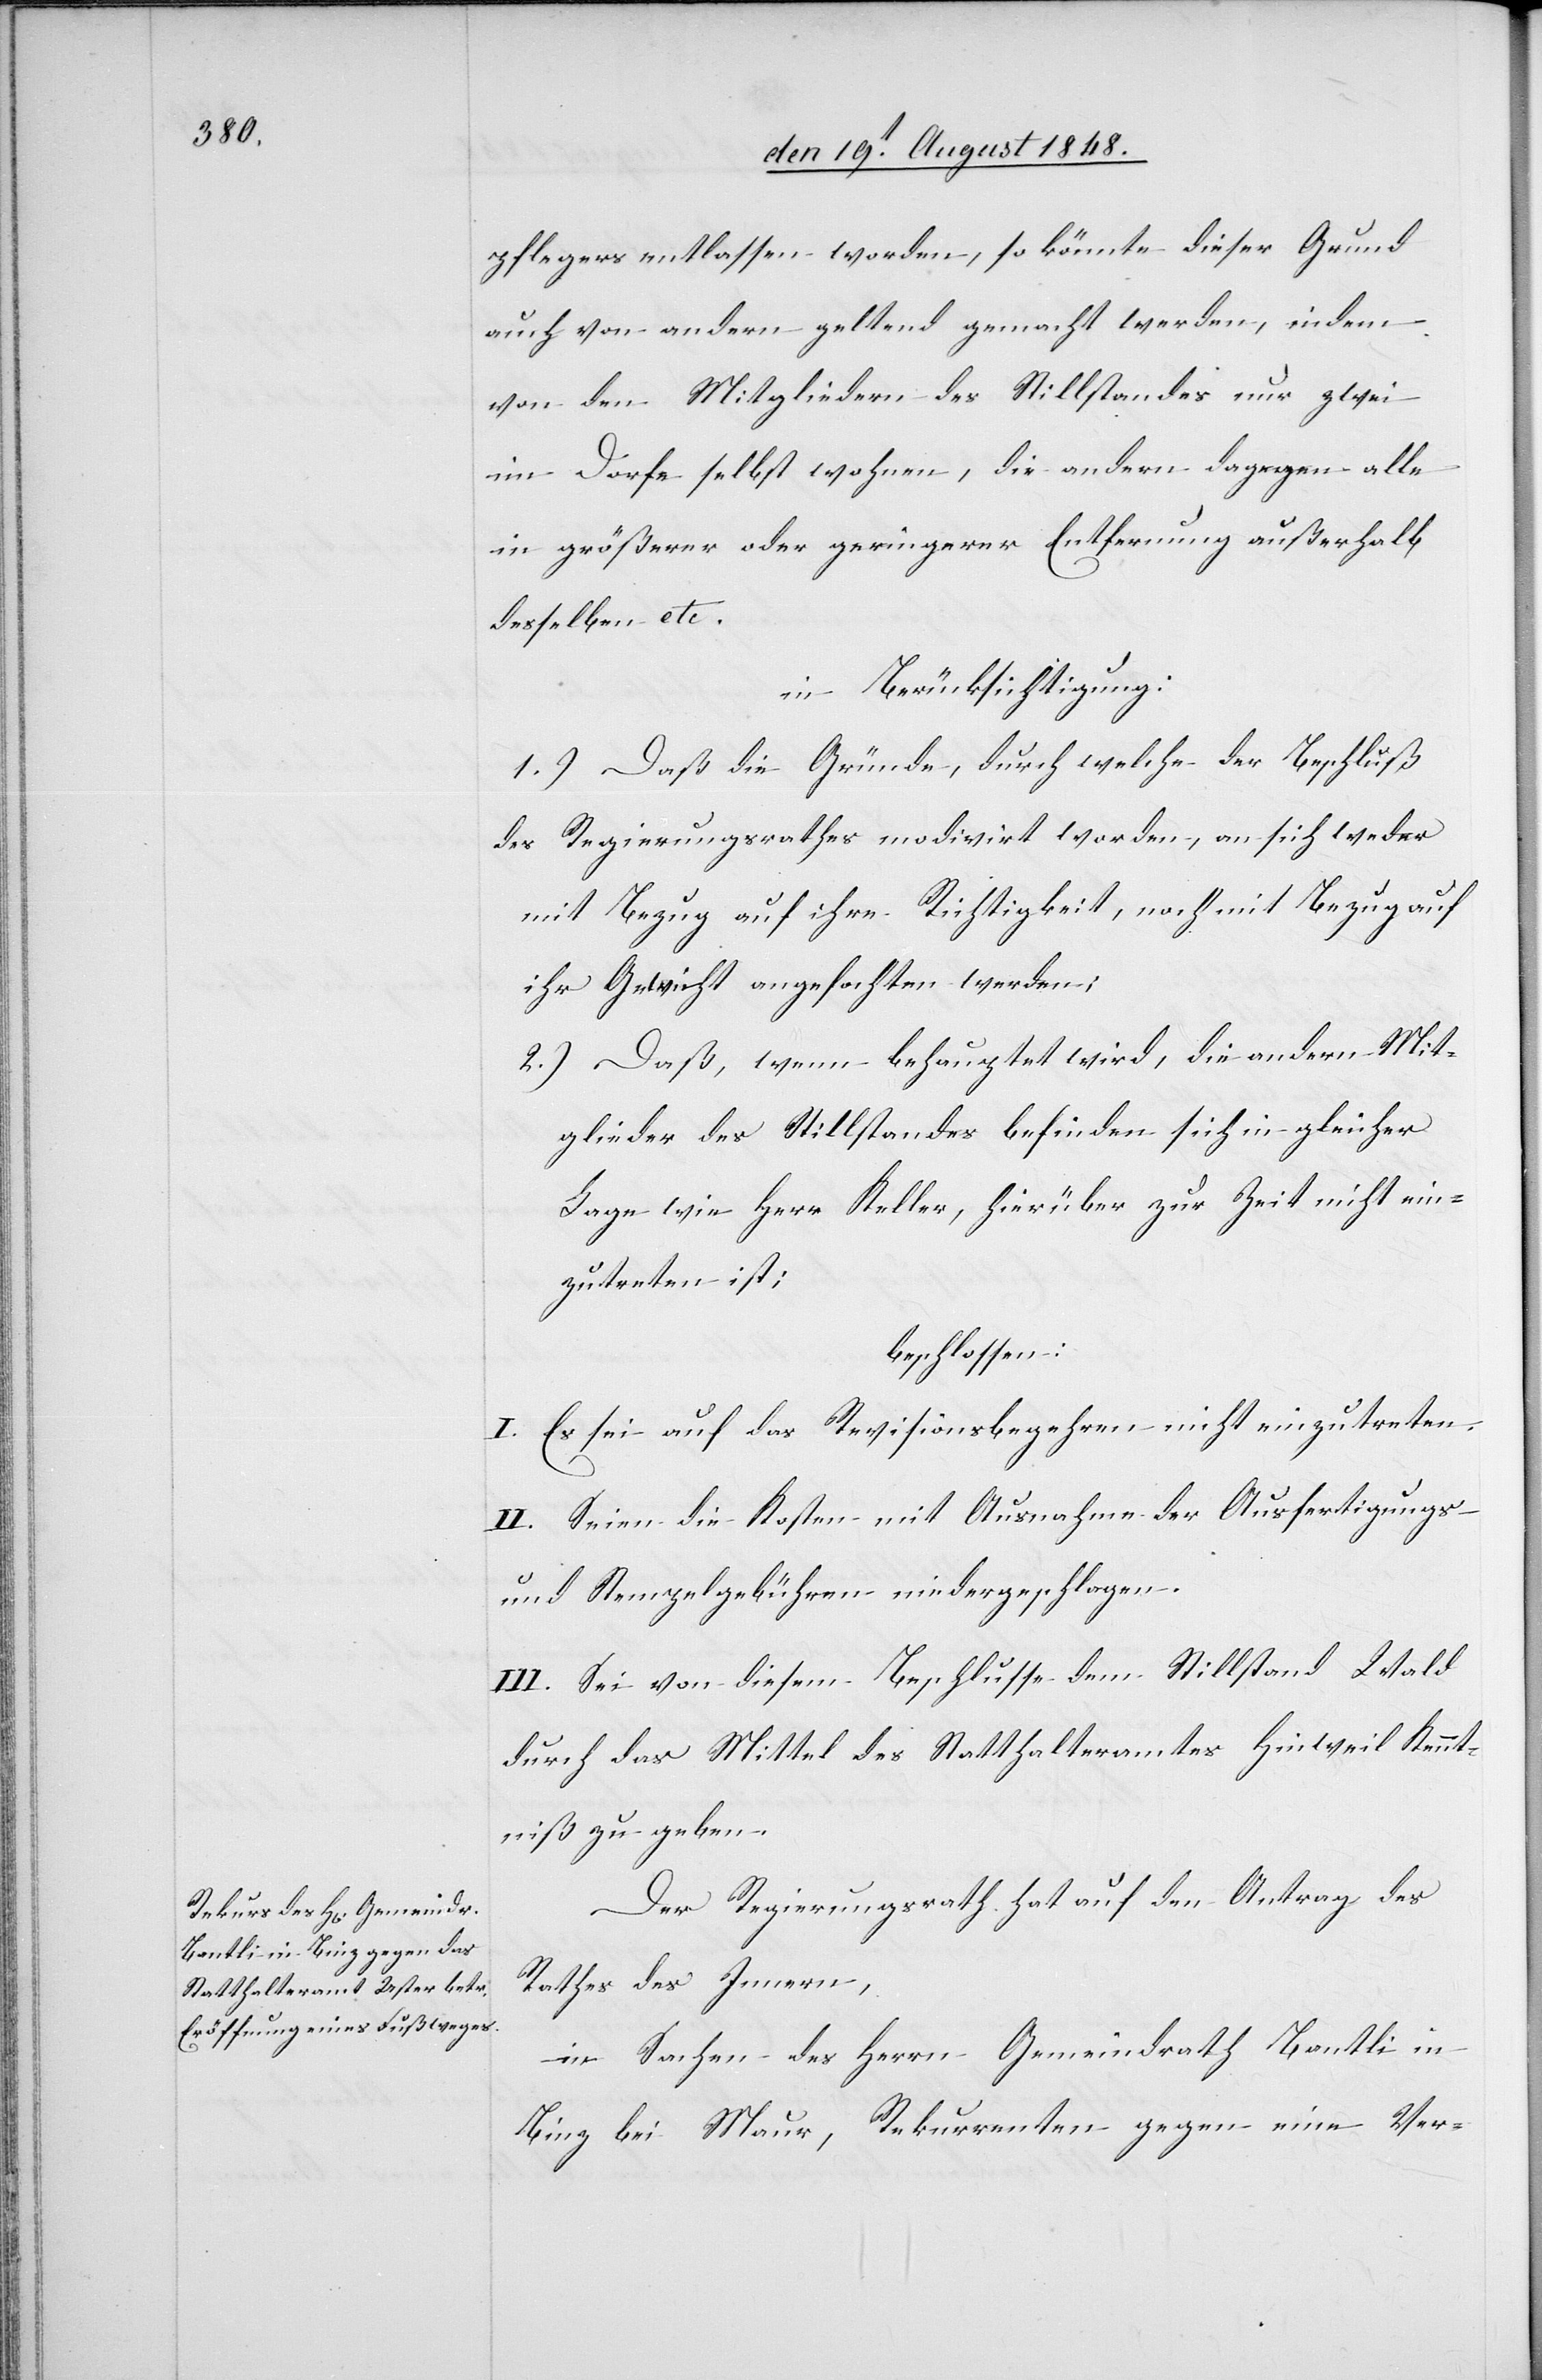
pflegers entlassen worden, so könnte dieser Grund
auch von andern geltend gemacht werden, indem
von den Mitgliedern des Stillstandes nur zwei
im Dorfe selbst wohnen, die andern dagegen alle
in größerer oder geringerer Entfernung außerhalb
desselben etc.
in Berücksichtigung:
1.) Daß die Gründe, durch welche der Beschluß
des Regierungsrathes modivirt worden, an sich weder
mit Bezug auf ihre Richtigkeit, noch mit Bezug auf
ihr Gewicht angefochten werden;
2.) Daß, wenn behauptet wird, die andern Mit¬
glieder des Stillstandes befinden sich in gleicher
Lage wie Herr Keller, hierüber zur Zeit nicht ein¬
zutreten ist;
beschlossen:
I. Es sei auf das Revisionsbegehren nicht einzutreten.
II. Seien die Kosten mit Ausnahme der Ausfertigungs-
und Stempelgebühren niedergeschlagen.
III. Sei von diesem Beschlusse dem Stillstand Wald
durch das Mittel des Statthalteramtes Hinweil Kennt¬
niß zu geben.
Der Regierungsrath hat auf den Antrag des
Rathes des Innern,
in Sachen des Herrn Gemeindrath Bantli in
Binz bei Maur, Rekurrenten gegen eine Ver-